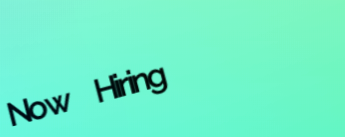
Now Hiring